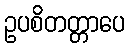
ဥပစိတတ္တာပေ